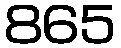
865